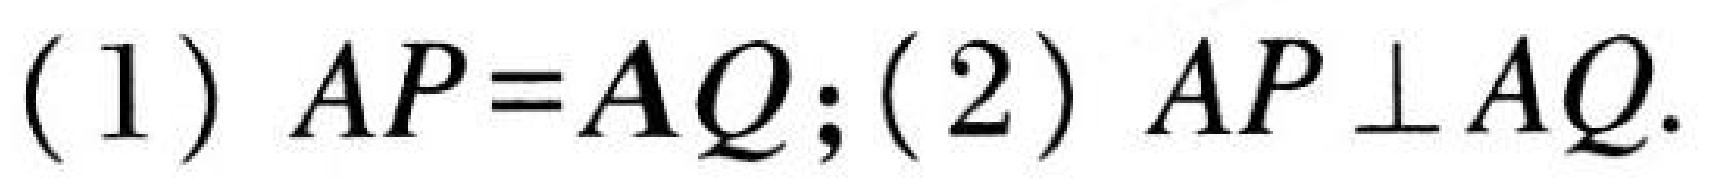
(1) \(AP = AQ\); (2) \(AP\perp AQ\).